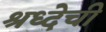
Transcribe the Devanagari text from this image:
श्रध्देची